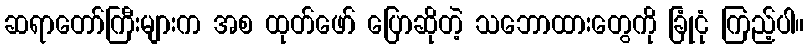
ဆရာတော်ကြီးများက အစ ထုတ်ဖော် ပြောဆိုတဲ့ သဘောထားတွေကို ခြုံငုံ ကြည့်ပါ။